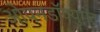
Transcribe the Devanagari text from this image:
ओपनडॉक्युमेंट